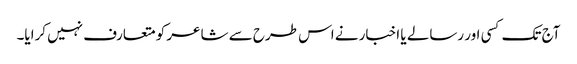
آج تک کسی اور رسالے یا اخبار نے اس طرح سے شاعر کو متعارف نہیں کرایا۔